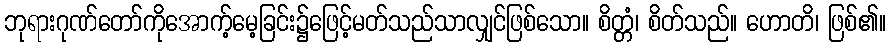
ဘုရားဂုဏ်တော်ကိုအောက့်မေ့ခြင်း၌ဖြေင့်မတ်သည်သာလျှင်ဖြစ်သော။ စိတ္တံ၊ စိတ်သည်။ ဟောတိ၊ ဖြစ်၏။